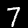
Digit: 7